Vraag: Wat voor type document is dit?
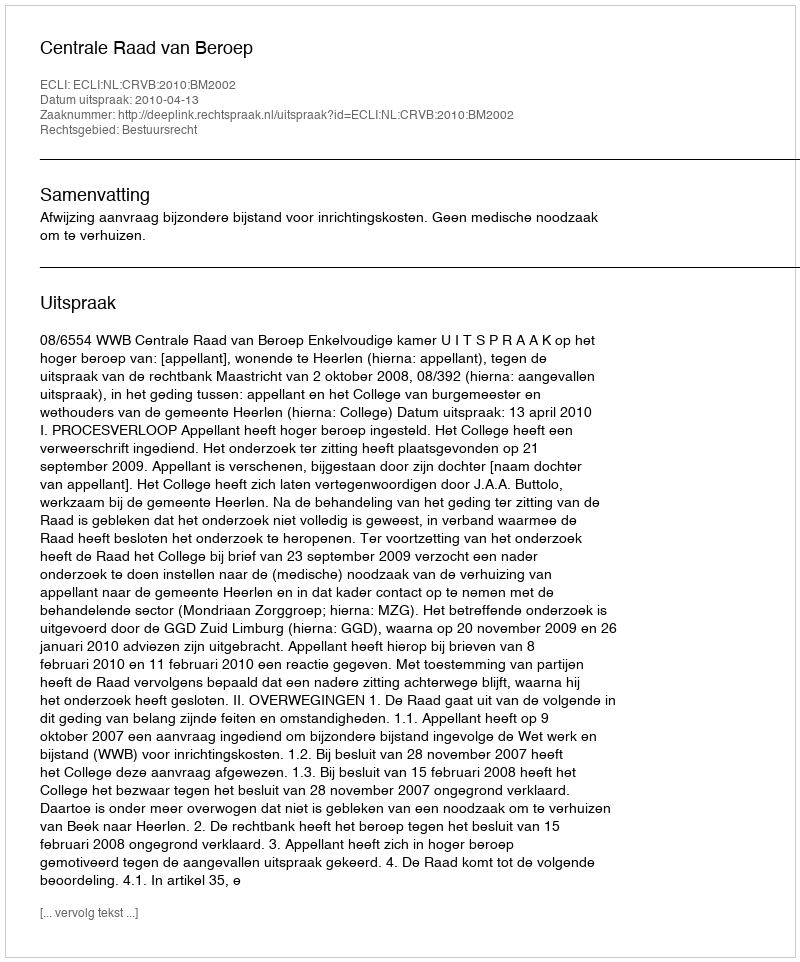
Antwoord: Uitspraak